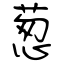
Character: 葱